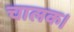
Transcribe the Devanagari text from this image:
चालक।